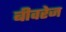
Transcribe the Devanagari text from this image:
बीवरेज